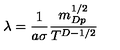
\lambda = \frac { 1 } { a \sigma } \frac { m _ { D p } ^ { 1 / 2 } } { T ^ { D - 1 / 2 } }